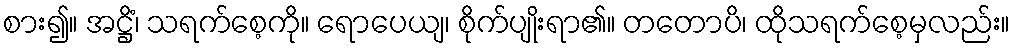
စား၍။ အဋ္ဌိံ၊ သရက်စေ့ကို။ ရောပေယျ၊ စိုက်ပျိုးရာ၏။ တတောပိ၊ ထိုသရက်စေ့မှလည်း။